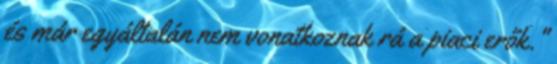
és már egyáltalán nem vonatkoznak rá a piaci erők."